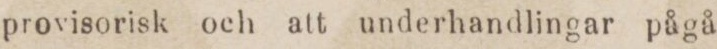
provisorisk och att underhandlingar pågå